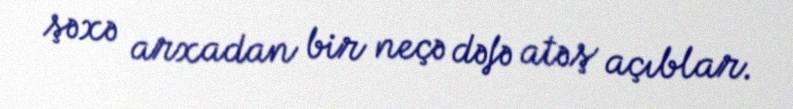
şəxə arxadan bir neçə dəfə atəş açıblar.